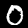
Digit: 0